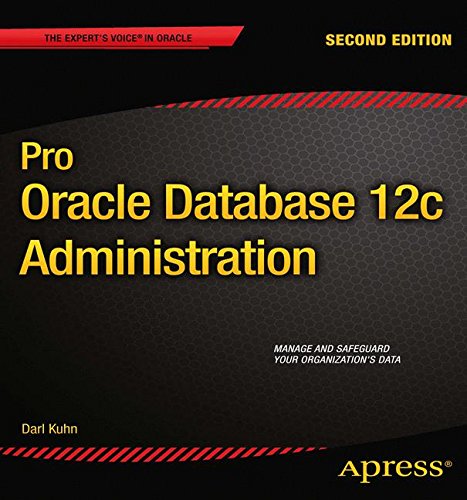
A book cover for Pro Oracle Database 12c Administration (Expert's Voice in Oracle); Darl Kuhn; Computers & Technology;